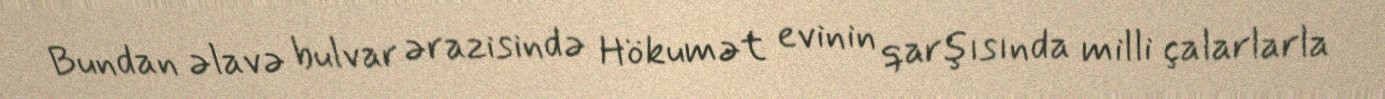
Bundan əlavə bulvar ərazisində Hökumət evinin qarşısında milli çalarlarla